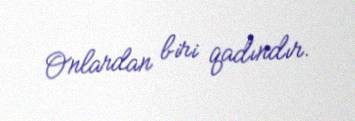
Onlardan biri qadındır.